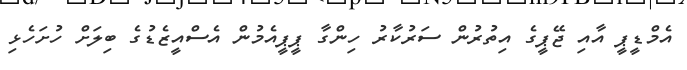
އެމްޑީޕީ އާއި ޖޭޕީގެ އިތުރުން ސަރުކާރު ހިންގާ ޕީޕީއެމުން އެސްއީޒެޑުގެ ބިލަށް ހުށަހެޅި